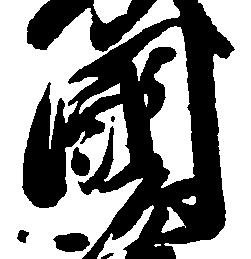
国